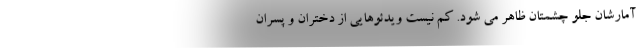
آمارشان جلو چشمتان ظاهر می شود. کم نیست ویدئوهایی از دختران و پسران